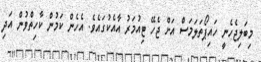
މިބަލިޖެހެނީ ހައިޕޯތަލަމަސް އަށް ޖެހޭ ޓިއުމަރު އާއެކުގައެވެ. އެހެން ކަމުން ކާހިތްވުން އަދި